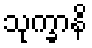
သုက္ခာနိ